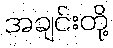
အချင်းတို့